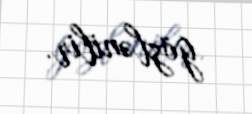
gözlənilir.